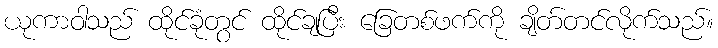
ယုကာဝါသည် ထိုင်ခုံတွင် ထိုင်ချပြီး ခြေတစ်ဖက်ကို ချိတ်တင်လိုက်သည်။